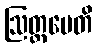
ဩတ္တပေတိ